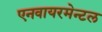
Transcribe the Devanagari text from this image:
एनवायरमेन्टल